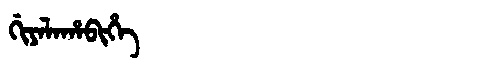
Manchu: ᡤᡳᠶᠠᠯᠠᡥᠠᠪᡳᡥᡝ
Romanization: GIYALAHABIHE